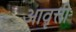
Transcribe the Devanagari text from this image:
आवॄत्ती